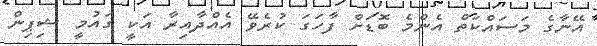
އޭނާގެ މަސައްކަތް އެންމެ ބޮޑަށް ފާހަގަ ކުރެވޭ އެއްދާއިރާ އަކީ ގައުމީ ޝިޕިން